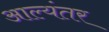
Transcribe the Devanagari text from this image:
आल्यंतर